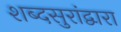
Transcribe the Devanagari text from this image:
शब्दसुरांद्वारा